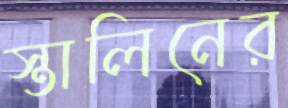
স্তালিনের